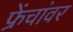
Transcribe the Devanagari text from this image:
फ्रेंचांवर